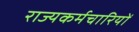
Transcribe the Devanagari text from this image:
राज्यकर्मचारियों